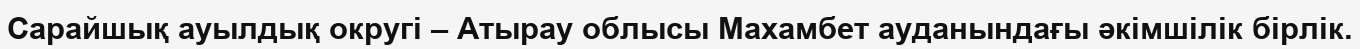
Сарайшық ауылдық округі – Атырау облысы Махамбет ауданындағы әкімшілік бірлік.